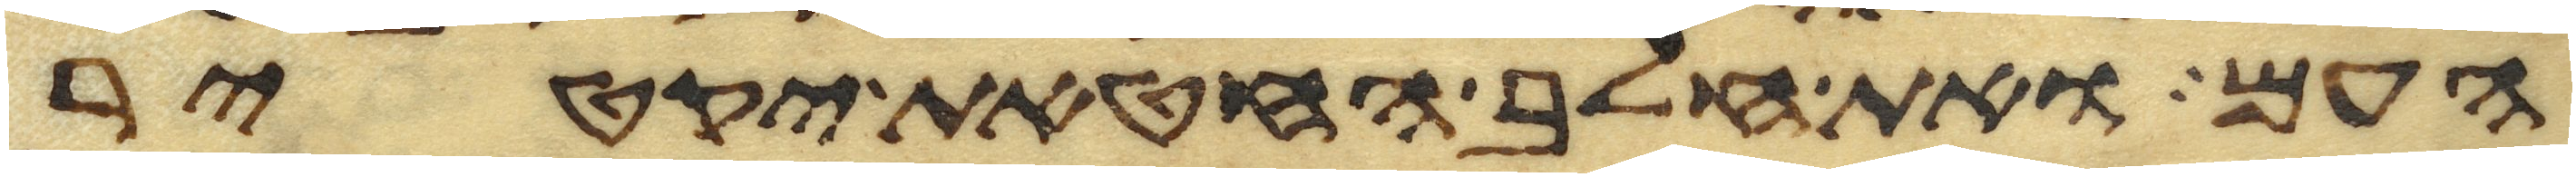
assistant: העם ואת חלב החטאת יקטיר